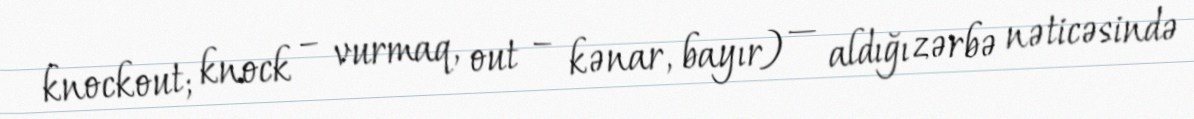
knockout; knock – vurmaq, out – kənar, bayır) — aldığı zərbə nəticəsində